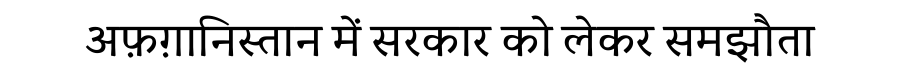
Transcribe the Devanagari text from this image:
अफ़ग़ानिस्तान में सरकार को लेकर समझौता